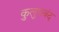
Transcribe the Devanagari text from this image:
कुलुपबंद